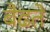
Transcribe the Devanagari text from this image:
बैढते